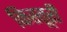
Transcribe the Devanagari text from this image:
किस्तूरी